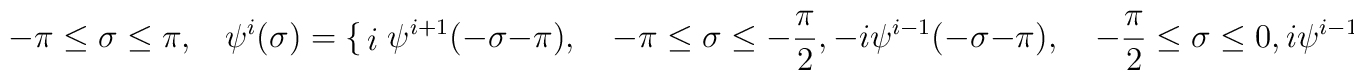
-\pi\leq\sigma\leq \pi, ~~~~ \psi ^{i}(\sigma )=\begin{cases}i\psi^{i+1}(-\sigma -\pi),\quad-\pi\leq\sigma\leq -\frac{\pi}{2},\\-i\psi^{i-1}(-\sigma -\pi),\quad -\frac{\pi}{2}\leq\sigma\leq 0,\\i\psi^{i-1}(\pi -\sigma ),\quad 0\leq\sigma\leq\frac{\pi}{2},\\-i\psi^{i+1}(\pi -\sigma ),\quad\frac{\pi}{2}\leq\sigma\leq\pi.\end{cases}